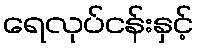
ရေလုပ်ငန်းနှင့်